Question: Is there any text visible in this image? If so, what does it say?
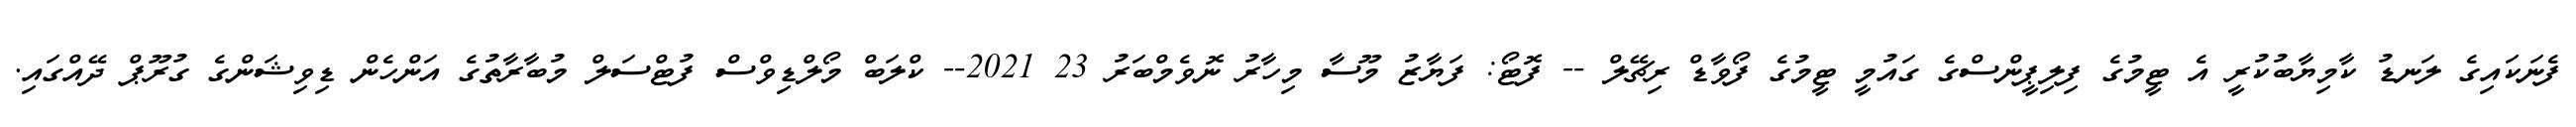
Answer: ފެނަކައިގެ ލަނޑު ކާމިޔާބުކުރީ އެ ޓީމުގެ ފިލިޕީންސްގެ ގައުމީ ޓީމުގެ ފޯވާޑް ރިޗޭލް -- ފޮޓޯ: ފަޔާޒު މޫސާ މިހާރު ނޮވެމްބަރު 23 2021-- ކްލަބް މޯލްޑިވްސް ފުޓްސަލް މުބާރާތުގެ އަންހެން ޑިވިޝަންގެ ގުރޫޕް ދޭއްގައި.